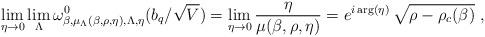
LaTeX: \begin{align*}\lim_{\eta \rightarrow 0}\lim_{\Lambda}\omega_{\beta,{\mu}_{\Lambda}(\beta,{\rho}, \eta),\Lambda,\eta}^{0}({b_{q}}/\sqrt{V}) =\lim_{\eta \rightarrow 0}\frac{\eta}{\mu(\beta,{\rho}, \eta)} = e^{i \, {\rm{arg}}(\eta)} \, \sqrt{{\rho} - \rho_{c}(\beta)} \ ,\end{align*}